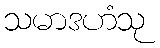
သမာဒဟံသု